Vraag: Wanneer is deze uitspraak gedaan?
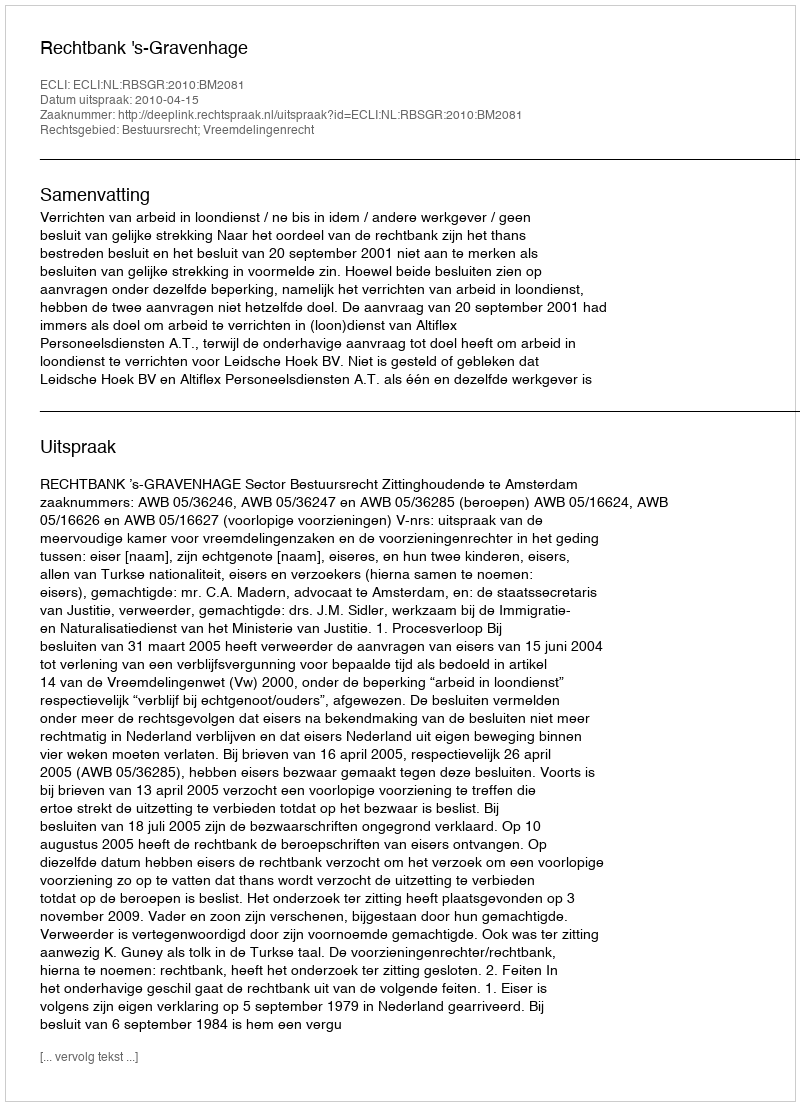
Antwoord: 2010-04-15